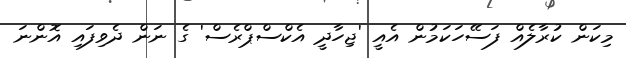
މިކަން ކުރާލެއް ފަސޭހަކަމުން އެއީ 'ޖިހާދީ އެކްސްޕްރެސް' ގެ ނަން ދެވިފައި އޮންނަ